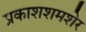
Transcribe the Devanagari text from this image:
प्रकाशशमशेर